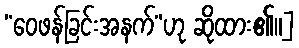
“ဝေဖန်ခြင်းအနက်”ဟု ဆိုထား၏။]